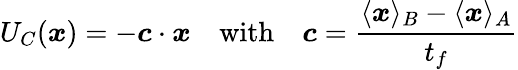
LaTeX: U_{C}({\boldsymbol{x}})=-{\boldsymbol{c}}\cdot{\boldsymbol{x}}\quad\mathrm{with}\quad{\boldsymbol{c}}=\frac{\langle{\boldsymbol{x}}\rangle_{B}-\langle{\boldsymbol{x}}\rangle_{A}}{t_{f}}